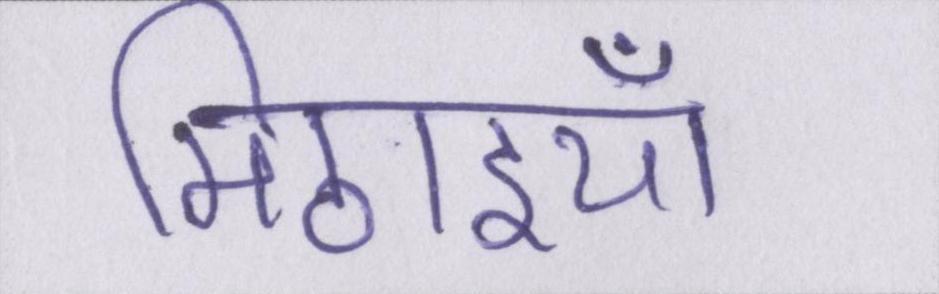
मिठाइयाँ